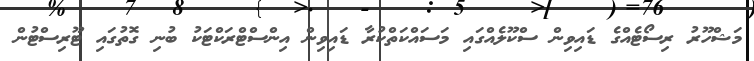
މަޝްހޫރު ރިސޯޓެއްގެ ޑައިވިން ސްކޫލެއްގައި މަސައްކަތްކުރާ ޑައިވިން އިންސްޓްރަކްޓަކު ބުނި ގޮތުގައި ޓޫރިސްޓުން